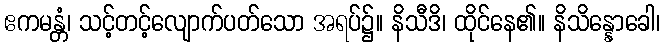
ဧကမန္တံ၊ သင့်တင့်လျောက်ပတ်သော အရပ်၌။ နိသီဒိ၊ ထိုင်နေ၏။ နိသိန္နောခေါ၊